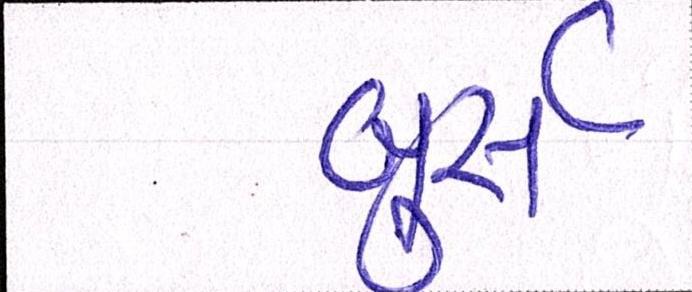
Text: બુર્સ